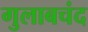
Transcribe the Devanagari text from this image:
गुलाबचंद